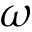
\omega